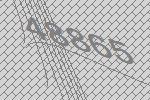
48865